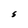
Character: S